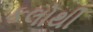
કલોથી